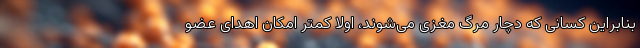
بنابراین کسانی که دچار مرگ مغزی می‌شوند، اولا کمتر امکان اهدای عضو